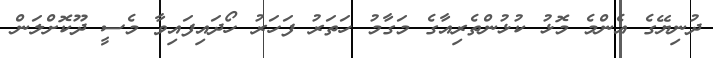
ދުނިޔޭގެ އެންމެ މޮޅު ކުޅުންތެރިއާގެ މަގާމު ހަތަރު ފަހަރު ހޯދައިފައިވާ މެސީ ދޫކޮށްލަން